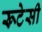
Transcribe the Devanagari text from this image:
रूटेसी